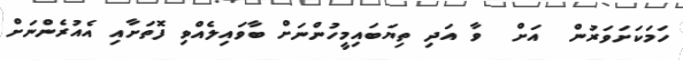
ހަމަކަށަވަރުން  އަށް  ވާ އަދި ތިޔަބައިމީހުންނަށް ބާވައިލެއްވި ފޮތަށާއި އެއުރެންނަށް